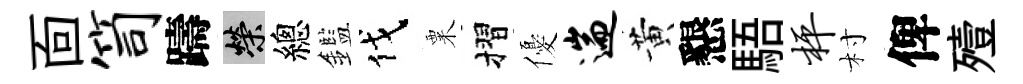
靣笥躊榮總鑑伐粟摺優遄黄懇䮏枰村俾殪